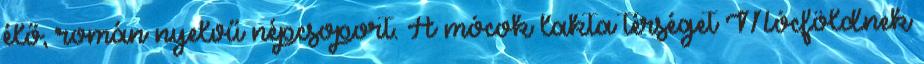
élő, román nyelvű népcsoport. A mócok lakta térséget Mócföldnek